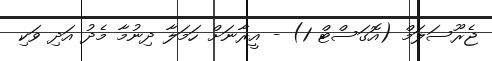
ޖެރޫސަލަމް (އޮގަސްޓް 1) - އީރާނަށް ހަމަލާ ދިނުމާ މެދު އަދި ވަކި